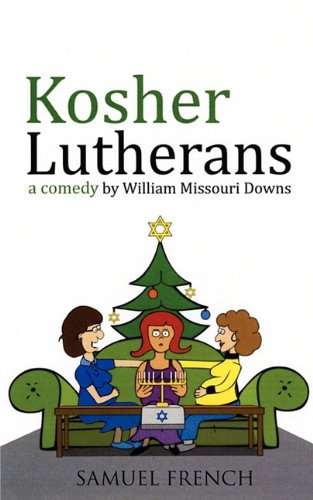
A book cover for Kosher Lutherans; William Missouri Downs; Literature & Fiction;